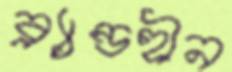
ব্র্যান্ডহীন